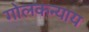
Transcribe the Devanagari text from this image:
गोलकन्याय